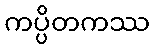
ကပ္ပိတကဿ